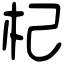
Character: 杞